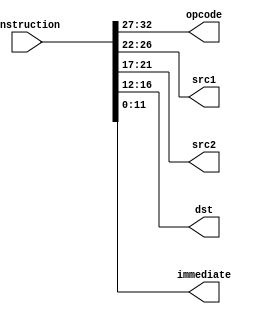
module decode (
  input [32:0] instruction,
  output [5:0] opcode,
  output [4:0] src1, src2, dst,
  output [11:0] immediate
);
	
  assign {opcode, src1, src2, dst, immediate} = instruction;
	
endmodule